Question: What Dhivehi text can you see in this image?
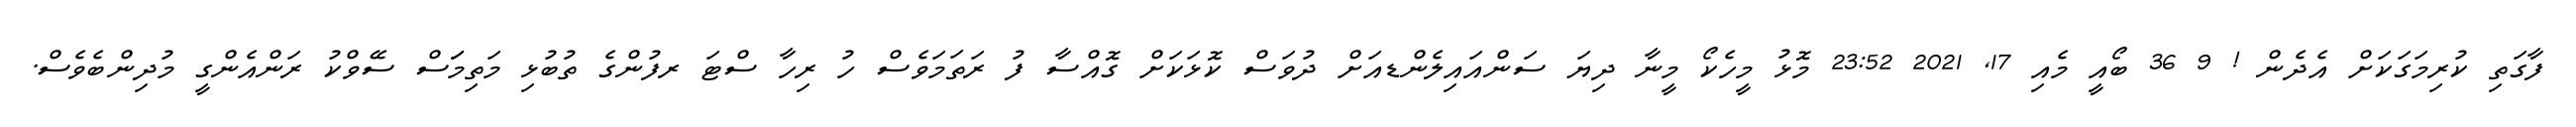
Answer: ފާގަތި ކުރިމަގަކަށް އެދެން ! 9 36 ބޯއީ މެއި 17, 2021 23:52 މޮޅު މީހެކޯ މީނާ ދިޔަ ސަންއައިލެންޑއަށް ދުވަސް ކޮޅަކަށް ގޮއްސާ ފު ރަތަމަވެސް ހު ރިހާ ސްޓަ ރފުންގެ ތުބުޅި މަތިމަަސް ސޭވްކު ރަންއެންގީ މުދިންބެވެސް.